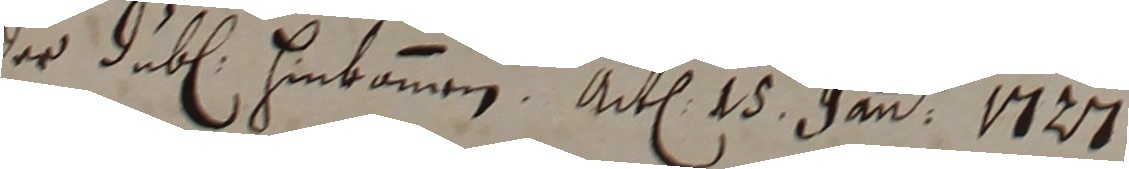
der duben hinbammen. Ate 15 danmer 1127